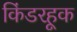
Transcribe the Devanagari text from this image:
किंडरहूक